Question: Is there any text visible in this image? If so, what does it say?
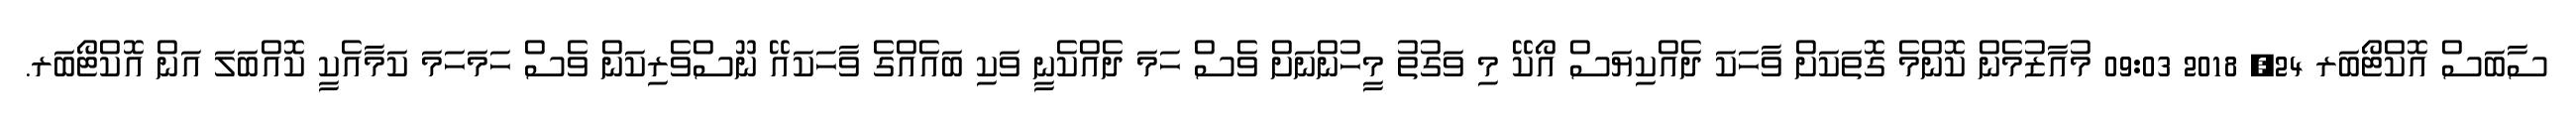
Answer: ސާބަސް އޮކްޓޯބަރ 24, 2018 09:03 މުއާޒުމެން ކޮންމެ ގޮތަކަށް ވާހަކަ ދެއްކިޔަސް އޯކޭ މި ވަގުތު މީހުންނަށް ވެސް ހަމަ ދެއްކެނީ ވަކި ބައެއްގެ ވާހަކައޭ ނޫސްވެރިކަން ވެސް ހަމަހަމަ ކަމާއެކީ ކޮއްބަލަ އަން އޮކްޓޯބަރ.